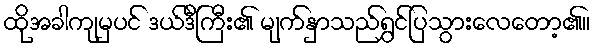
ထိုအခါကျမှပင် ဒယ်ဒီကြီး၏ မျက်နှာသည်ရွှင်ပြသွားလေတော့၏။